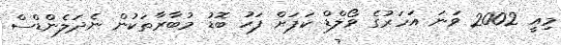
މިއީ 2002 ވަނަ އަހަރުގެ ވޯލްޑް ކަޕަށް ފަހު ބޮޑު މުބާރާތަކުން ނެދަލެންޑްސް